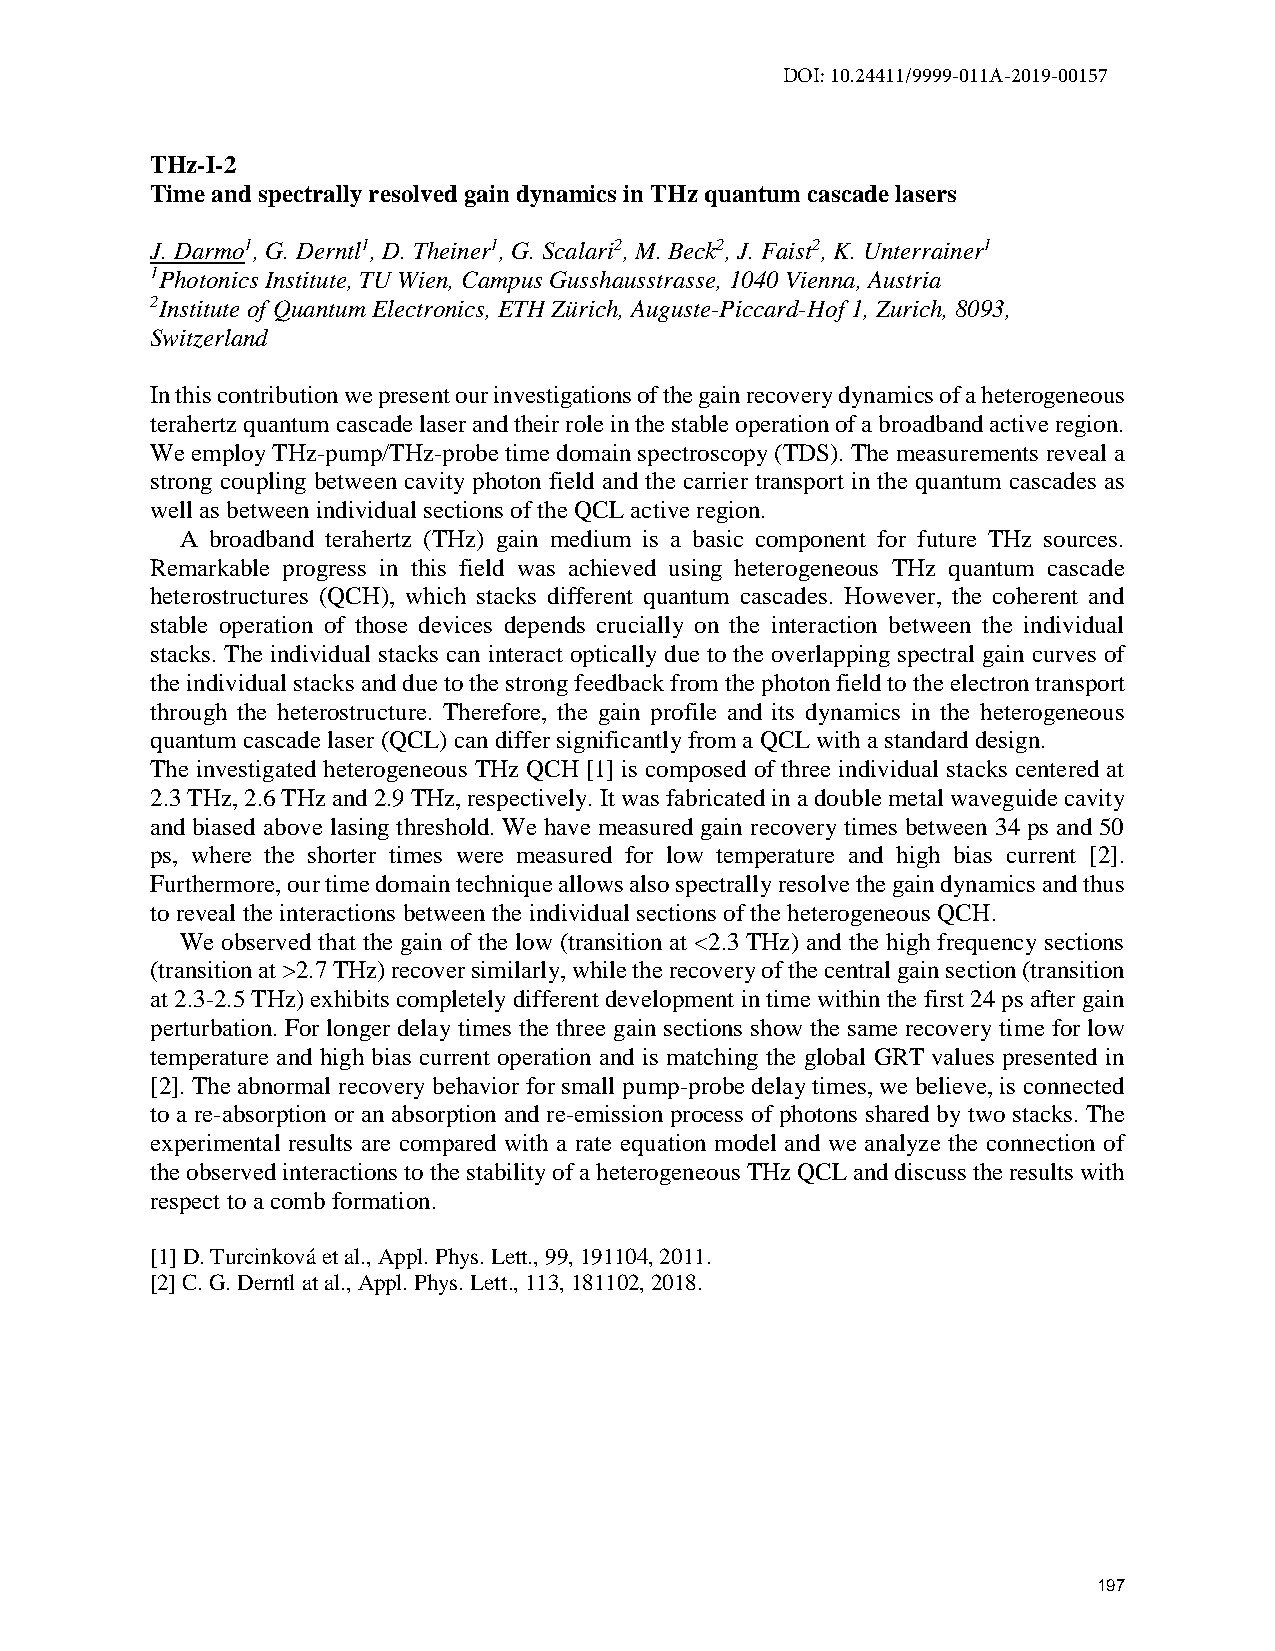
DOI: 10.24411/9999-011A-2019-00157
 THz-I-2
 Time and spectrally resolved gain dynamics in THz quantum cascade lasers
 J. Darmo1, G. Derntl1, D. Theiner1, G. Scalari2, M. Beck2, J. Faist2, K. Unterrainer1
 1Photonics Institute, TU Wien, Campus Gusshausstrasse, 1040 Vienna, Austria
 2Institute of Quantum Electronics, ETH Zürich, Auguste-Piccard-Hof 1, Zurich, 8093,
 Switzerland
 In this contribution we present our investigations of the gain recovery dynamics of a heterogeneous
 terahertz quantum cascade laser and their role in the stable operation of a broadband active region.
 We employ THz-pump/THz-probe time domain spectroscopy (TDS). The measurements reveal a
 strong coupling between cavity photon field and the carrier transport in the quantum cascades as
 well as between individual sections of the QCL active region.
 A broadband terahertz (THz) gain medium is a basic component for future THz sources.
 Remarkable progress in this field was achieved using heterogeneous THz quantum cascade
 heterostructures (QCH), which stacks different quantum cascades. However, the coherent and
 stable operation of those devices depends crucially on the interaction between the individual
 stacks. The individual stacks can interact optically due to the overlapping spectral gain curves of
 the individual stacks and due to the strong feedback from the photon field to the electron transport
 through the heterostructure. Therefore, the gain profile and its dynamics in the heterogeneous
 quantum cascade laser (QCL) can differ significantly from a QCL with a standard design.
 The investigated heterogeneous THz QCH [1] is composed of three individual stacks centered at
 2.3 THz, 2.6 THz and 2.9 THz, respectively. It was fabricated in a double metal waveguide cavity
 and biased above lasing threshold. We have measured gain recovery times between 34 ps and 50
 ps, where the shorter times were measured for low temperature and high bias current [2].
 Furthermore, our time domain technique allows also spectrally resolve the gain dynamics and thus
 to reveal the interactions between the individual sections of the heterogeneous QCH.
 We observed that the gain of the low (transition at <2.3 THz) and the high frequency sections
 (transition at >2.7 THz) recover similarly, while the recovery of the central gain section (transition
 at 2.3-2.5 THz) exhibits completely different development in time within the first 24 ps after gain
 perturbation. For longer delay times the three gain sections show the same recovery time for low
 temperature and high bias current operation and is matching the global GRT values presented in
 [2]. The abnormal recovery behavior for small pump-probe delay times, we believe, is connected
 to a re-absorption or an absorption and re-emission process of photons shared by two stacks. The
 experimental results are compared with a rate equation model and we analyze the connection of
 the observed interactions to the stability of a heterogeneous THz QCL and discuss the results with
 respect to a comb formation.
 [1] D. Turcinková et al., Appl. Phys. Lett., 99, 191104, 2011.
 [2] C. G. Derntl at al., Appl. Phys. Lett., 113, 181102, 2018.
 197